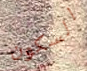
السكون